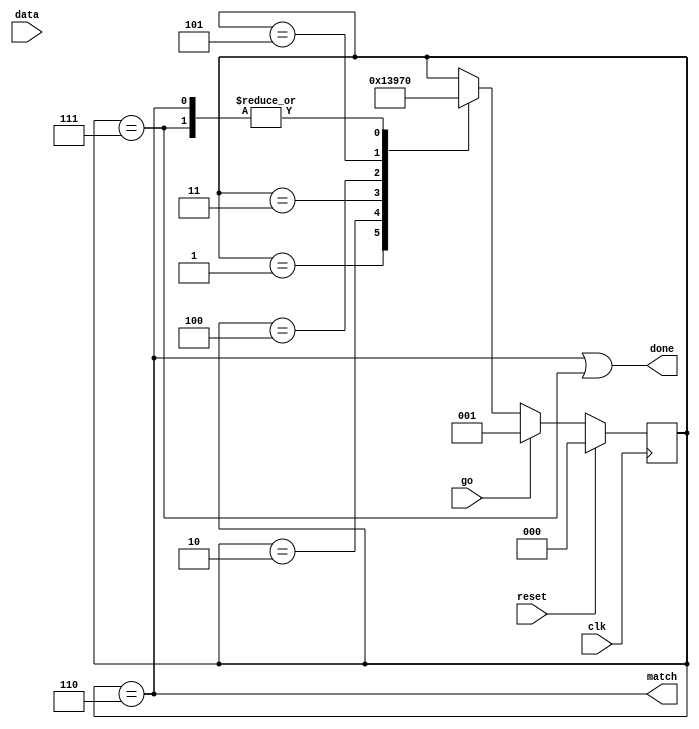
//
// Copyright 2011 Ettus Research LLC
// Copyright 2018 Ettus Research, a National Instruments Company
//
// SPDX-License-Identifier: LGPL-3.0-or-later
//




module address_filter_promisc
  (input clk,
   input reset,
   input go,
   input [7:0] data,
   output match,
   output done);

   reg [2:0] af_state;

   always @(posedge clk)
     if(reset)
       af_state     <= 0;
     else
       if(go)
	 af_state <= 1;//(data[0] == 1'b0) ? 1 : 7;
       else
	 case(af_state)
	   1 : af_state <= 2;
	   2 : af_state <= 3;
	   3 : af_state <= 4;
	   4 : af_state <= 5;
	   5 : af_state <= 6;
	   6, 7 : af_state <= 0;
	 endcase // case (af_state)

   assign match  = (af_state==6);
   assign done 	 = (af_state==6)|(af_state==7);
   
endmodule // address_filter_promisc